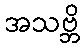
အသဗ္ဘိ